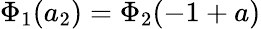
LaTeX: \Phi_{1}(a_{2})=\Phi_{2}(-1+a)